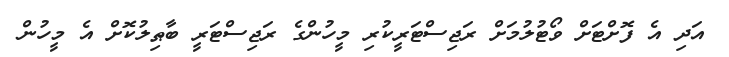
އަދި އެ ފޮށްޓަށް ވޯޓުލުމަށް ރަޖިސްޓަރީކުރި މީހުންގެ ރަޖިސްޓަރީ ބާޠިލުކޮށް އެ މީހުން